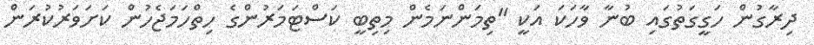
ދިރާގުން ހަގީގަތުގައި ބުނާ ވާހަކަ އަކީ "ތިމަންނަމެން މިތިބީ ކަސްޓަމަރުންގެ ހިތްހަމަޖެހުން ކަށަވަރުކުރަން